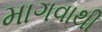
માગવાથી